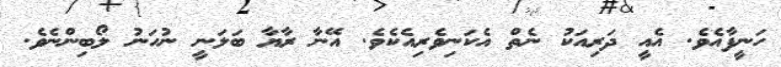
ހަނީފާއެވެ. އެއީ ދަރިއަކު ނެތް އެކަނިވެރިއެކެވެ. އޭނާ ރާޔާ ބަލަނީ ނުހަނު ލޯބިންނެވެ.